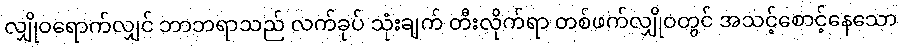
လျှိုဝရောက်လျှင် ဘာဘရာသည် လက်ခုပ် သုံးချက် တီးလိုက်ရာ တစ်ဖက်လျှိုဝတွင် အသင့်စောင့်နေသော